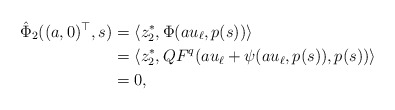
\begin{align*}\hat \Phi_2((a,0)^\top,s) &= \langle z_2^*, \Phi(a u_\ell, p(s))\rangle\\&=\langle z_2^*, QF^q(au_\ell + \psi(a u_\ell, p(s)), p(s))\rangle\\&=0,\end{align*}